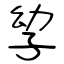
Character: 孧